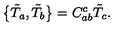
\bigl \{ \tilde { T } _ { a } , \tilde { T } _ { b } \bigr \} = C _ { a b } ^ { c } \tilde { T } _ { c } .